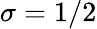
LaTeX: \sigma=1/2